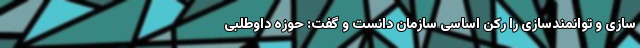
سازی و توانمندسازی را رکن اساسی سازمان دانست و گفت: حوزه داوطلبی